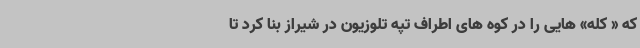
که « کله» هایی را در کوه های اطراف تپه تلوزیون در شیراز بنا کرد تا